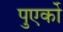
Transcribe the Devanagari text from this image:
पुएर्को